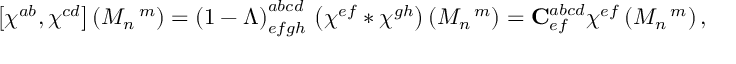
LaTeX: \left[ \chi ^ { a b } , \chi ^ { c d } \right] \left( M _ { n } ^ { \, \, \, \, \, m } \right) = \left( 1 - \Lambda \right) _ { e f g h } ^ { a b c d } \, \left( \chi ^ { e f } \ast \chi ^ { g h } \right) \left( M _ { n } ^ { \, \, \, \, \, m } \right) = { \mathbf { C } } _ { e f } ^ { a b c d } \chi ^ { e f } \left( M _ { n } ^ { \, \, \, \, \, m } \right) ,